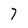
Character: 7